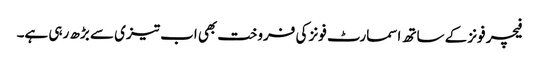
فیچر فونز کے ساتھ اسمارٹ فونز کی فروخت بھی اب تیزی سے بڑھ رہی ہے۔